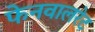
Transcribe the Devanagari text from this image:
फेनवालरेट